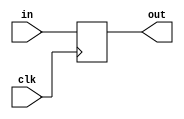
//=============================================
// D Flip-Flop, Added in part3
// implemented in part 3 by Gabriela Saenz
//=============================================
module DFF(clk,in,out);
  parameter n=1;
  input  clk;
  input  [n-1:0]in;
  output [n-1:0]out;
  reg    [n-1:0]out;
  
  always @(posedge clk)//<--This is the statement that makes the circuit behave with TIME
  out =  in;
endmodule